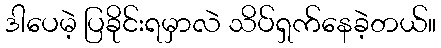
ဒါပေမဲ့ ပြခိုင်းရမှာလဲ သိပ်ရှက်နေခဲ့တယ်။